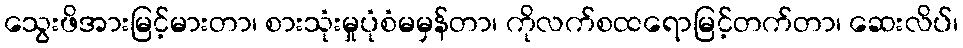
သွေးဖိအားမြင့်မားတာ၊ စားသုံးမှုပုံစံမမှန်တာ၊ ကိုလက်စထရောမြင့်တက်တာ၊ ဆေးလိပ်၊